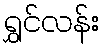
ရွှင်လန်း